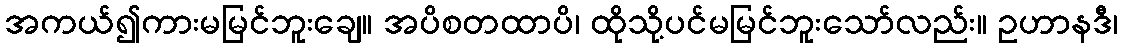
အကယ်၍ကားမမြင်ဘူးချေ။ အပိစတထာပိ၊ ထိုသို့ပင်မမြင်ဘူးသော်လည်း။ ဥဟာနဒီ၊